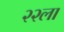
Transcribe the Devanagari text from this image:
२२ला